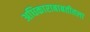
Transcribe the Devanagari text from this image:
अधिकाराबाबतीतला